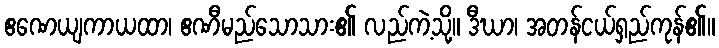
ဧဏေယျကာယထာ၊ ဧဏီမည်သောသား၏ လည်ကဲ့သို့။ ဒီဃာ၊ အတန်ငယ်ရှည်ကုန်၏။